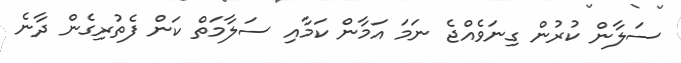
ސަލާން ކުރުން ގިނަވެއްޖެ ނަމަ އަމާން ކަމާއި ސަލާމަތް ކަން ފެތުރިގެން ދާނެ